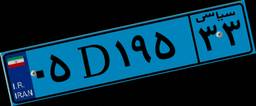
۰۵D۱۹۵۳۳